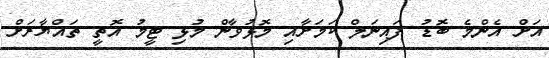
އަށް އެންމެ ބޮޑު ފައިނަލް ކަމަށާއި މޮޅުވާން މުޅި ޓީމު އޮތީ ތައްޔާރަށް